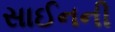
સાઈનની